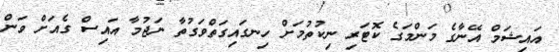
އައިޝަމް އޭނާގެ މަންމަގެ ކޮޓަރި ނިކުތުމަށް ހިނގައިގަތްވަގުތާ ނަޖުމާ އައިސް ގެއަށް ވަން